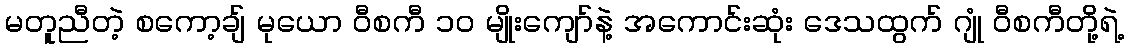
မတူညီတဲ့ စကော့ချ် မုယော ဝီစကီ ၁၀ မျိုးကျော်နဲ့ အကောင်းဆုံး ဒေသထွက် ဂျုံ ဝီစကီတို့ရဲ့